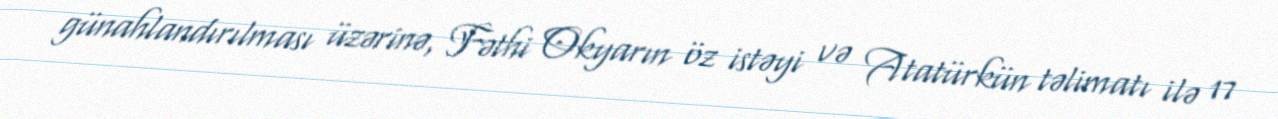
günahlandırılması üzərinə, Fəthi Okyarın öz istəyi və Atatürkün təlimatı ilə 17